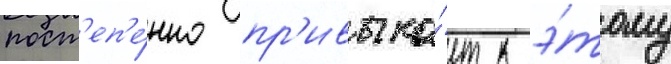
пост'еп'е́нно пр'ивыка́ет к э́тому